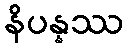
နိပန္နဿ